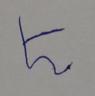
Signature authenticity: forged